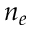
n _ { e }